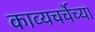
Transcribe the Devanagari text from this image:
काव्यचर्चेच्या